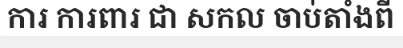
ការ ការពារ ជា សកល ចាប់តាំងពី